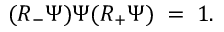
( R _ { - } \Psi ) \Psi ( R _ { + } \Psi ) \; = \; 1 .